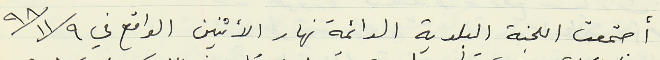
أجتمعت اللجنة البلدية الدائمة نهار الاثنين الواقع في ٩٨/١١/٩